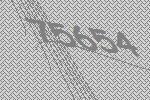
75654